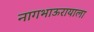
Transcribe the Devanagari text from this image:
नागभाऊरायाला